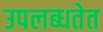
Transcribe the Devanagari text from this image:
उपलब्धतेत